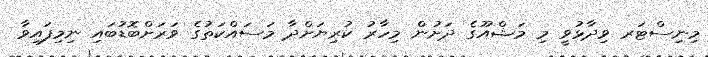
މިނިސްޓަރ ވިދާޅުވީ މި މަޝްއޫގެ ދަށުން މިހާރު ކުރިޔަށްދާ މަސައްކަތުގެ ވަރަށްބޮޑުބައި ނިމިފައިވާ